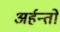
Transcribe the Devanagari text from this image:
अर्हन्तों